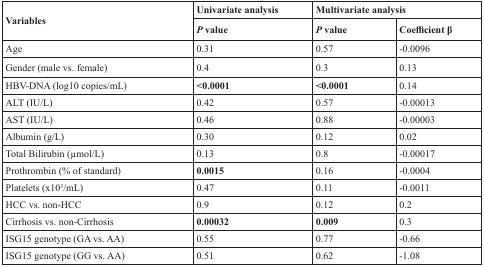
<table><thead><tr><td rowspan="2"><b>Variables</b></td><td><b>Univariate analysis</b></td><td colspan="2"><b>Multivariate analysis</b></td></tr><tr><td><b><i>P</i> value</b></td><td><b><i>P</i> value</b></td><td><b>Coefficient β</b></td></tr></thead><tbody><tr><td>Age</td><td>0.31</td><td>0.57</td><td>−0.0096</td></tr><tr><td>Gender (male vs. female)</td><td>0.4</td><td>0.3</td><td>0.13</td></tr><tr><td>HBV-DNA (log10 copies/mL)</td><td><b>&lt;0.0001</b></td><td><b>&lt;0.0001</b></td><td>0.14</td></tr><tr><td>ALT (IU/L)</td><td>0.42</td><td>0.57</td><td>−0.00013</td></tr><tr><td>AST (IU/L)</td><td>0.46</td><td>0.88</td><td>−0.00003</td></tr><tr><td>Albumin (g/L)</td><td>0.30</td><td>0.12</td><td>0.02</td></tr><tr><td>Total Bilirubin (μmol/L)</td><td>0.13</td><td>0.8</td><td>−0.00017</td></tr><tr><td>Prothrombin (% of standard)</td><td><b>0.0015</b></td><td>0.16</td><td>−0.0004</td></tr><tr><td>Platelets (x10<sup>3</sup>/mL)</td><td>0.47</td><td>0.11</td><td>−0.0011</td></tr><tr><td>HCC vs. non-HCC</td><td>0.9</td><td>0.12</td><td>0.2</td></tr><tr><td>Cirrhosis vs. non-Cirrhosis</td><td><b>0.00032</b></td><td><b>0.009</b></td><td>0.3</td></tr><tr><td>ISG15 genotype (GA vs. AA)</td><td>0.55</td><td>0.77</td><td>−0.66</td></tr><tr><td>ISG15 genotype (GG vs. AA)</td><td>0.51</td><td>0.62</td><td>−1.08</td></tr></tbody></table>